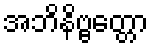
အဘိနိဗ္ဗတ္တော